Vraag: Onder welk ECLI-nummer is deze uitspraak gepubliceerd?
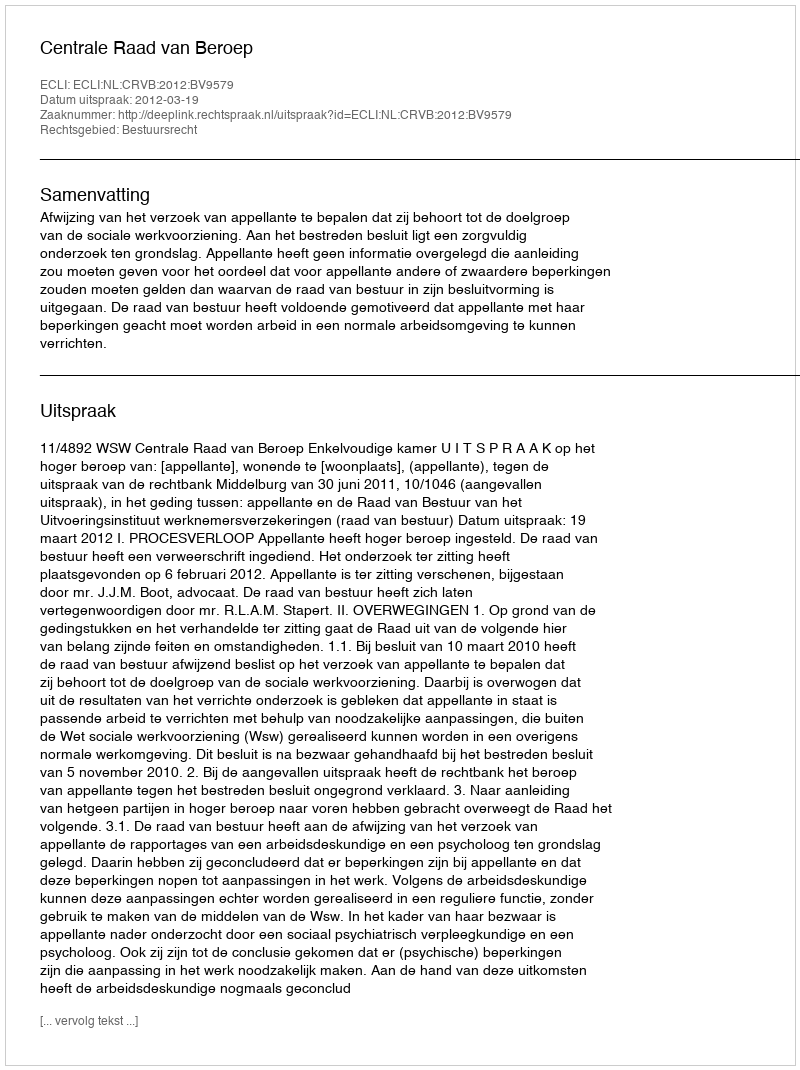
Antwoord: ECLI:NL:CRVB:2012:BV9579